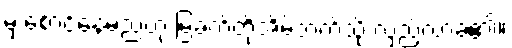
မှ စောင့်နေမည်ဟု မြခက်တို့အိမ်ဘက်သို့ လှည့်လာခဲ့၏။